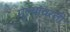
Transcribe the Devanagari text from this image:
मुल्यावरती